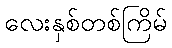
လေးနှစ်တစ်ကြိမ်